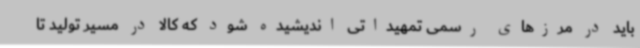
باید در مرزهای رسمی تمهیداتی اندیشیده شود که کالا در مسیر تولید تا